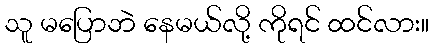
သူ မပြောဘဲ နေမယ်လို့ ကိုရင် ထင်လား။